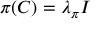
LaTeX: \pi ( C ) = \lambda _ { \pi } I